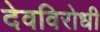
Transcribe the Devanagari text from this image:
देवविरोधी